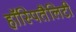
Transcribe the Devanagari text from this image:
हॉस्पितैलिटी